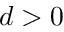
d > 0